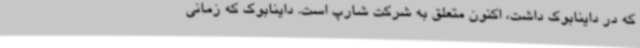
که در داینابوک داشت، اکنون متعلق به شرکت شارپ است. داینابوک که زمانی